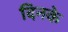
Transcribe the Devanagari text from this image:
दिनके